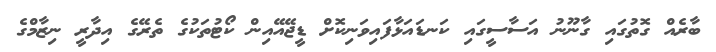
ބާރެއް ގޮތުގައި ގާނޫނު އަސާސީގައި ކަނޑައަޅާފައިވަނިކޮށް ޑީޖޭއޭއިން ކޯޓުތަކުގެ ތެރޭގެ އިދާރީ ނިޒާމްގެ